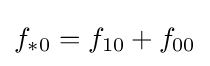
f_{*0}=f_{10}+f_{00}